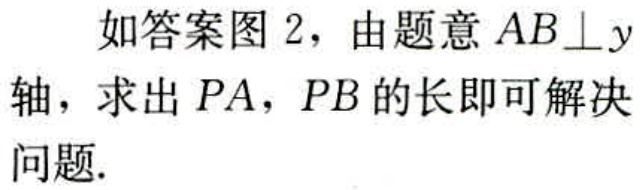
如答案图 2，由题意 \(AB\perp y\)轴，求出 \(PA\)，\(PB\) 的长即可解决问题.